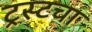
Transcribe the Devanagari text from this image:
ट्रस्टचा